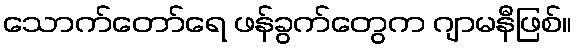
သောက်တော်ရေ ဖန်ခွက်တွေက ဂျာမနီဖြစ်။